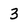
Character: 3